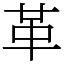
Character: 革